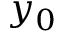
y _ { 0 }